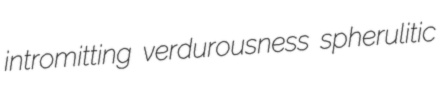
intromitting verdurousness spherulitic